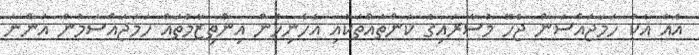
އެއާ އެކު ހަމަޖައްސަން ޖެހޭ މުސާރައިގެ ކަންތައްތަކާއި އެހެނިހެން އިންތިޒާމުތައް ހަމަޖައްސަމުން އަންނަ